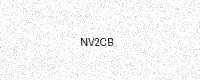
Text: NV2CB